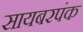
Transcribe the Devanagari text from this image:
सायबरपंक